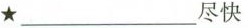
★___尽快